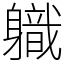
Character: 軄